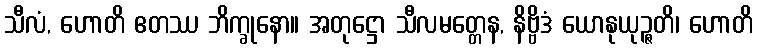
သီလံ, ဟောတိ ဧတဿ ဘိက္ခုနော။ အတုဋ္ဌော သီလမတ္တေန, နိဗ္ဗိဒံ ယောနုယုဉ္ဇတိ၊ ဟောတိ